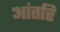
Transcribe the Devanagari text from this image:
आंतरि